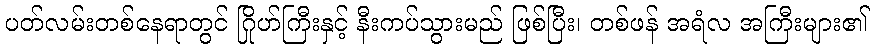
ပတ်လမ်းတစ်နေရာတွင် ဂြိုဟ်ကြီးနှင့် နီးကပ်သွားမည် ဖြစ်ပြီး၊ တစ်ဖန် အရံလ အကြီးများ၏